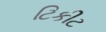
ટિકીટ